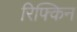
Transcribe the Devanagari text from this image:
रिफ्किन